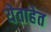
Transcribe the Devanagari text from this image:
येताहेत